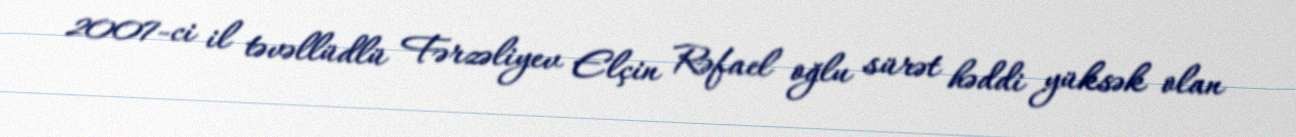
2007-ci il təvəllüdlü Fərzəliyev Elçin Rəfael oğlu sürət həddi yüksək olan